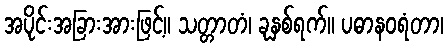
အပိုင်းအခြားအားဖြင့်။ သတ္တာတံ၊ ခုနှစ်ရက်။ ပဓာနဝရံတာ၊